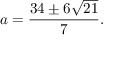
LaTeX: a = { \frac { 3 4 \pm 6 { \sqrt { 2 1 } } } { 7 } } .